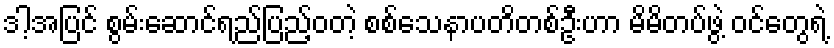
ဒါ့အပြင် စွမ်းဆောင်ရည်ပြည့်ဝတဲ့ စစ်သေနာပတိတစ်ဦးဟာ မိမိတပ်ဖွဲ့ ဝင်တွေရဲ့